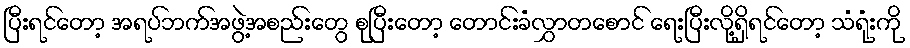
ပြီးရင်တော့ အရပ်ဘက်အဖွဲ့အစည်းတွေ စုပြီးတော့ တောင်းခံလွှာတစောင် ရေးပြီးလို့ရှိရင်တော့ သံရုံးကို